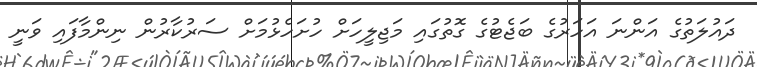
ދައުލަތުގެ އަންނަ އަހަރުގެ ބަޖެޓުގެ ގޮތުގައި މަޖިލީހަށް ހުށަހެޅުމަށް ސަރުކާރުން ނިންމާފައި ވަނީ